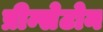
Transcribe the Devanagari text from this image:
प्रीन्सेटोन